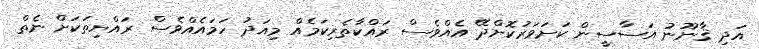
އަދި ޤާނޫނު އަސާސީން ކަށަވަރުކޮށްދޭ އެއްވެސް ރައްކާތެރިކަމެއް މިއަދު ހަމައެއްވެސް ރައްޔިތަކަށް ނެތް